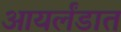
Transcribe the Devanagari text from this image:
आयर्लंडात